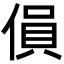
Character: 傊